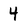
Character: 4